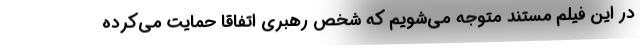
در این فیلم مستند متوجه می‌شویم که شخص رهبری اتفاقا حمایت می‌کرده